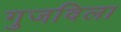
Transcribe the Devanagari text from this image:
गुजविला